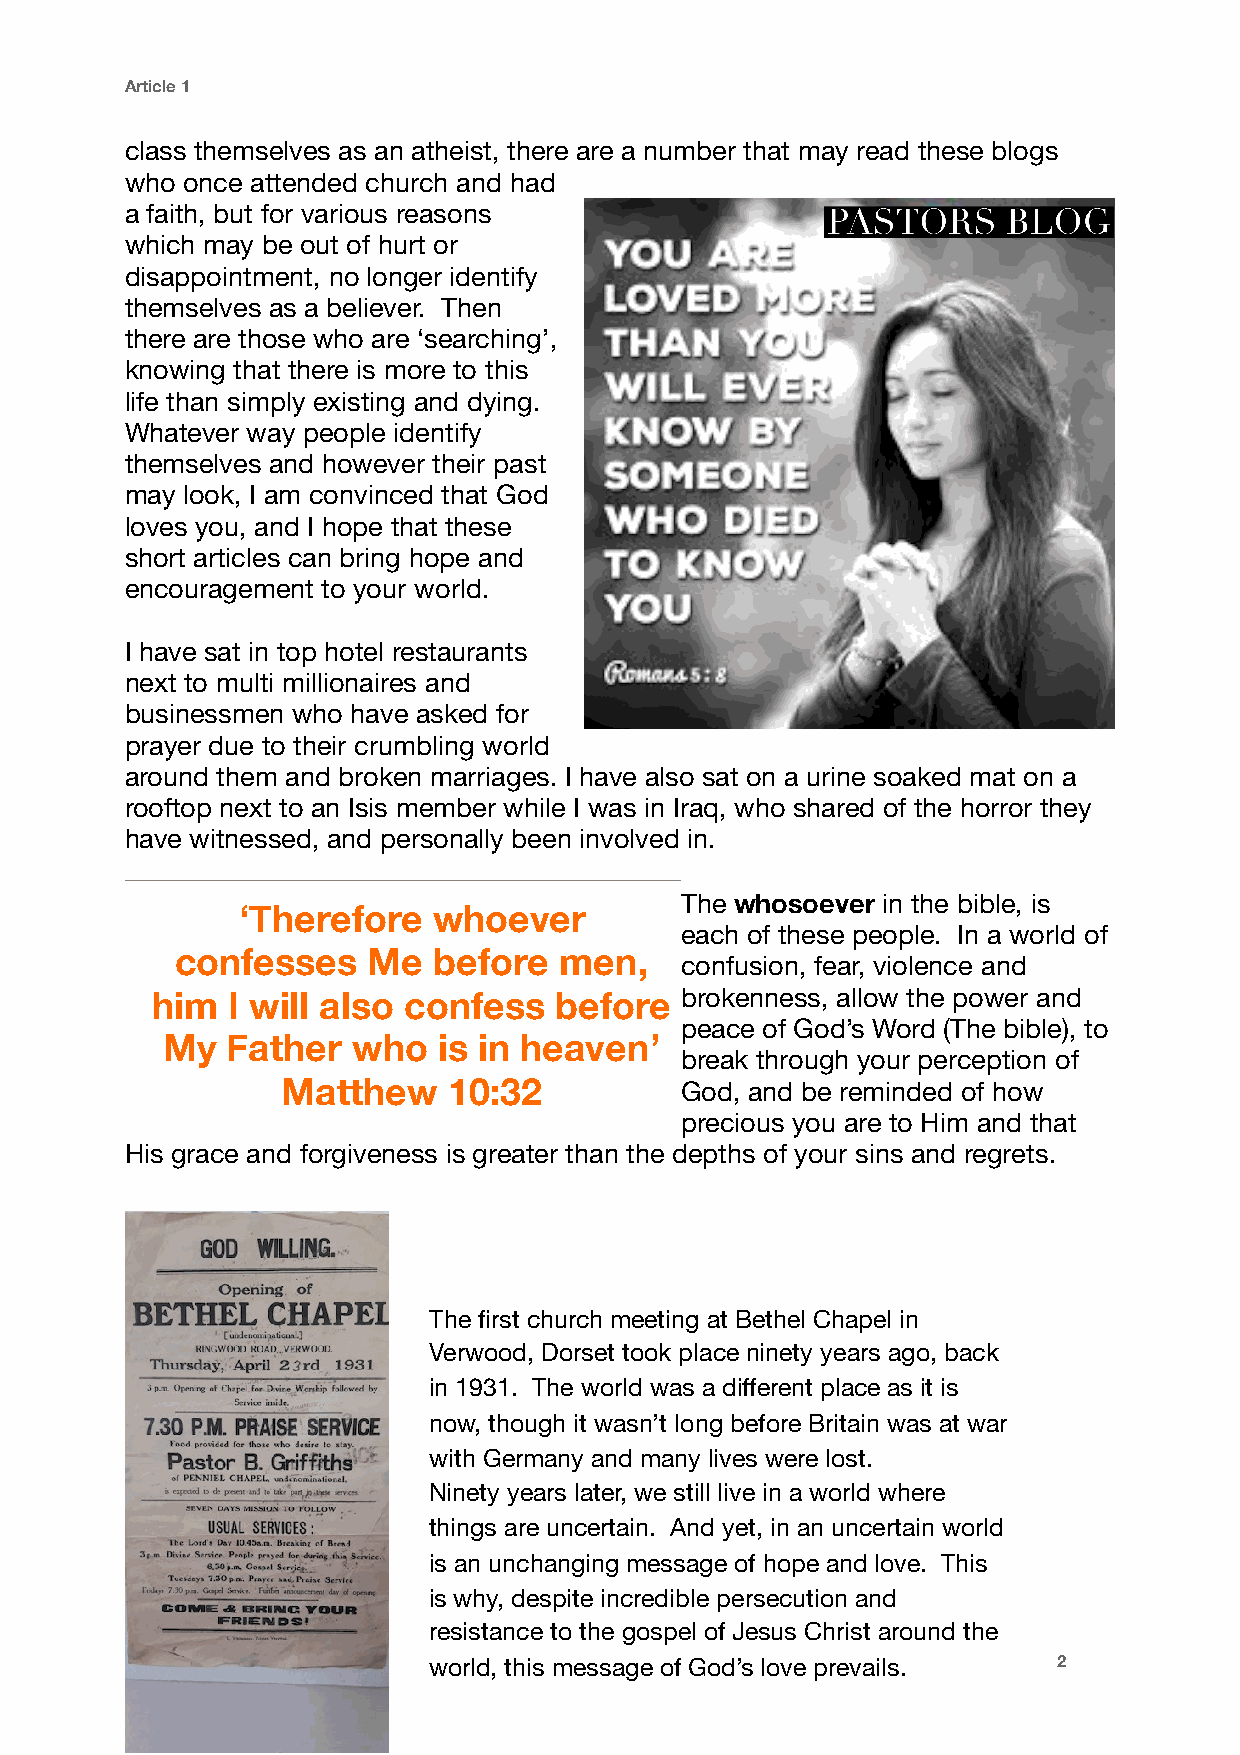
Article 1
 class themselves as an atheist, there are a number that may read these blogs
 who once attended church and had
 a faith, but for various reasons
 which may be out of hurt or
 disappointment, no longer identify
 themselves as a believer. Then
 there are those who are ‘searching’,
 knowing that there is more to this
 life than simply existing and dying.
 Whatever way people identify
 themselves and however their past
 may look, I am convinced that God
 loves you, and I hope that these
 short articles can bring hope and
 encouragement to your world.
 I have sat in top hotel restaurants
 next to multi millionaires and
 businessmen who have asked for
 prayer due to their crumbling world
 around them and broken marriages. I have also sat on a urine soaked mat on a
 rooftop next to an Isis member while I was in Iraq, who shared of the horror they
 have witnessed, and personally been involved in.
 The whosoever in the bible, is
 ‘Therefore   whoever
 each of these people. In a world of
 confesses   Me   before  men,
 confusion, fear, violence and
 him  I will also confess   before  brokenness, allow the power and
 peace of God’s Word (The bible), to
 My  Father  who   is in heaven’
 break through your perception of
 Matthew    10:32          God, and be reminded of how
 precious you are to Him and that
 His grace and forgiveness is greater than the depths of your sins and regrets.
 The first church meeting at Bethel Chapel in
 Verwood, Dorset took place ninety years ago, back
 in 1931. The world was a different place as it is
 now, though it wasn’t long before Britain was at war
 with Germany and many lives were lost.
 Ninety years later, we still live in a world where
 things are uncertain. And yet, in an uncertain world
 is an unchanging message of hope and love. This
 is why, despite incredible persecution and
 resistance to the gospel of Jesus Christ around the
 world, this message of God’s love prevails. 2